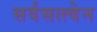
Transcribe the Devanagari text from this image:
सर्वसत्त्वेन